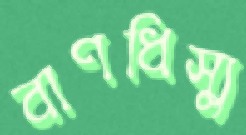
বাণধিস্যু